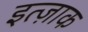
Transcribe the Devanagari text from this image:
इत्ज़ाक